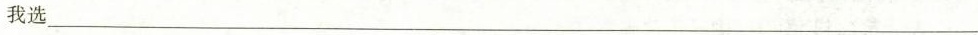
我选___